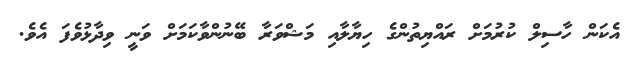
އެކަން ހާސިލް ކުރުމަށް ރައްޔިތުންގެ ހިޔާލާއި މަޝްވަރާ ބޭނުންވާކަމަށް ވަނީ ވިދާޅުވެފަ އެވެ.